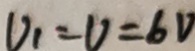
V _ { 1 } = V = 6 V